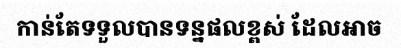
កាន់តែទទួលបានទន្នផលខ្ពស់ ដែលអាច